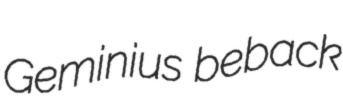
Geminius beback